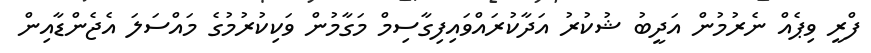
ފްރީ ވިޕެއް ނެރުމުން އަދީބު ޝުކުރު އަދާކުރައްވައިފިގާސިމް މަގާމުން ވަކިކުރުމުގެ މައްސަލަ އެޖެންޑާއިން